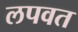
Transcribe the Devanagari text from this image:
लपवत